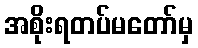
အစိုးရတပ်မတော်မှ